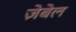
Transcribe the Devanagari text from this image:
ज़ेबेल